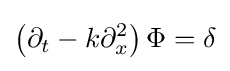
\left(\partial _{t}-k\partial _{x}^{2}\right)\Phi =\delta